Annual report on the lock hospitals of the Madras Presidency
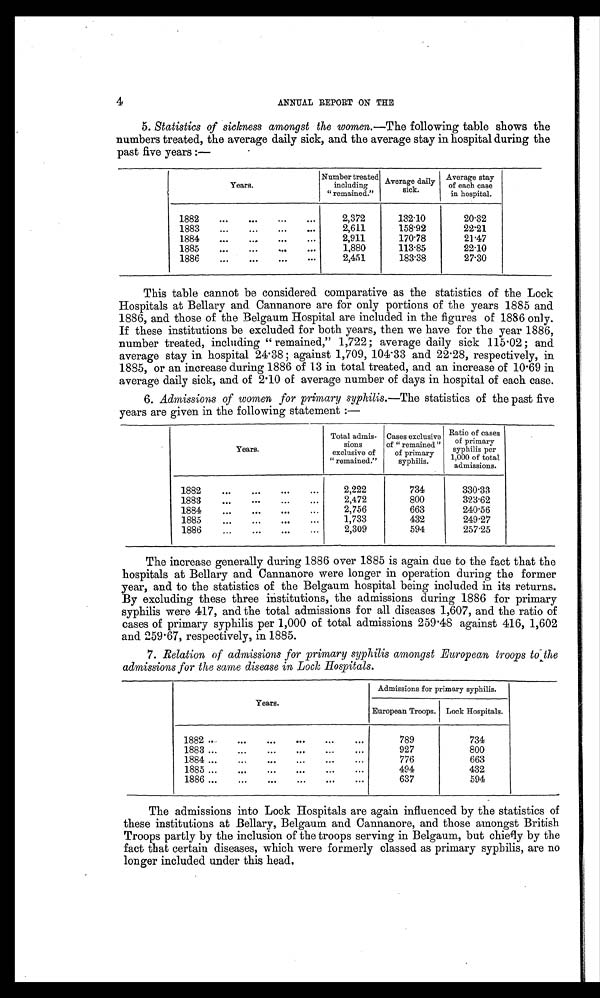
4
ANNUAL REPORT ON THE
5. Statistics of sickness amongst the women.—The following table shows the
numbers treated, the average daily sick, and the average stay in hospital during the
past five years :—
Years.
Number treated
including
"remained."
Average daily
sick.
Average stay
of each case
in hospital.
1882
...
...
...
...
2,372
132·10
20·32
1883
...
...
...
...
2,611
158·92
22·21
1884
...
...
...
. . .
2,911
170·78
21·47
1885
...
...
...
...
1,880
113·85
22·10
1886
...
...
...
. . .
2,451
183·38
27·30
This table cannot be considered comparative as the statistics of the Lock
Hospitals at Bellary and Cannanore are for only portions of the years 1885 and
1886, and those of the Belgaum Hospital are included in the figures of 1886 only.
If these institutions be excluded for both years, then we have for the year 1886,
number treated, including "remained," 1,722; average daily sick 115 . 02; and
average stay in hospital 24. 38; against 1,709, 104·33 and 22·28, respectively, in
1885, or an increase during 1886 of 13 in total treated, and an increase of 10·69 in
average daily sick, and of 2·10 of average number of days in hospital of each case.
6. Admissions of women for primary syphilis.— The statistics of the past five
years are given in the following statement :—
Years.
Total admis-
sions
exclusive of
"remained."
Cases exclusive
of "remained"
of primary
syphilis.
Ratio of cases
of primary
syphilis per
1,000 of total
admissions.
1882
...
...
...
. . .
2,222
734
330.33
1883...
...
...
...
2,472
800
323.62
1884...
...
...
. . .
2,756
663
240.56
1885
...
...
...
. . .
1,733
432
249.27
1886
...
...
. . .
2,309
594
257.25
The increase generally during 1886 over 1885 is again due to the fact that the
hospitals at Bellary and Cannanore were longer in operation during the former
year, and to the statistics of the Belgaum hospital being included in its returns.
By excluding these three institutions, the admissions during 1886 for primary
syphilis were 417, and the total admissions for all diseases 1,607, and the ratio of
cases of primary syphilis per 1,000 of total admissions 259 . 48 against 416, 1,602
and 259 . 67, respectively, in 1885.
7. Relation of admissions for primary syphilis amongst European troops to the
admissions for the same disease in Lock Hospitals.
Years.
Admissions for primary syphilis.
European Troops. Lock Hospitals.
. . .
789
734
1883 ...
...
...
...
...
...
927
800
1884 ...
...
...
...
...
...
776
663
1885 ...
...
...
...
...
. . .
494
432
1886 ...
...
...
...
...
. . .
637
594
The admissions into Lock Hospitals are again influenced by the statistics of
these institutions at Bellary, Belgaum and Cannanore, and those amongst British
Troops partly by the inclusion of the troops serving in Belgaum, but chiefly by the
fact that certain diseases, which were formerly classed as primary syphilis, are no
longer included under this head .